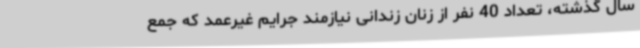
سال گذشته، تعداد 40 نفر از زنان زندانی نیازمند جرایم غیرعمد که جمع